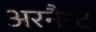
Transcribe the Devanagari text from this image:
अरनैस्ट